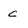
Character: c